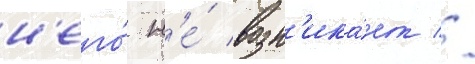
н'его́ н'е́ возн'ика́ет //